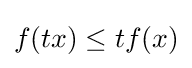
{\textstyle f(tx)\leq tf(x)}